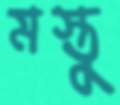
মস্তু